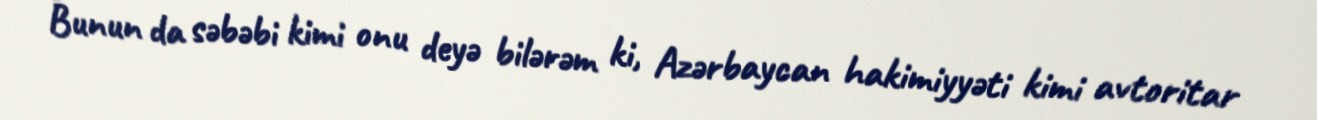
Bunun da səbəbi kimi onu deyə bilərəm ki, Azərbaycan hakimiyyəti kimi avtoritar